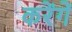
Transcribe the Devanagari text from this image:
करेंगेें